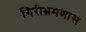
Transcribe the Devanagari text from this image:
गिरीभ्रमणास